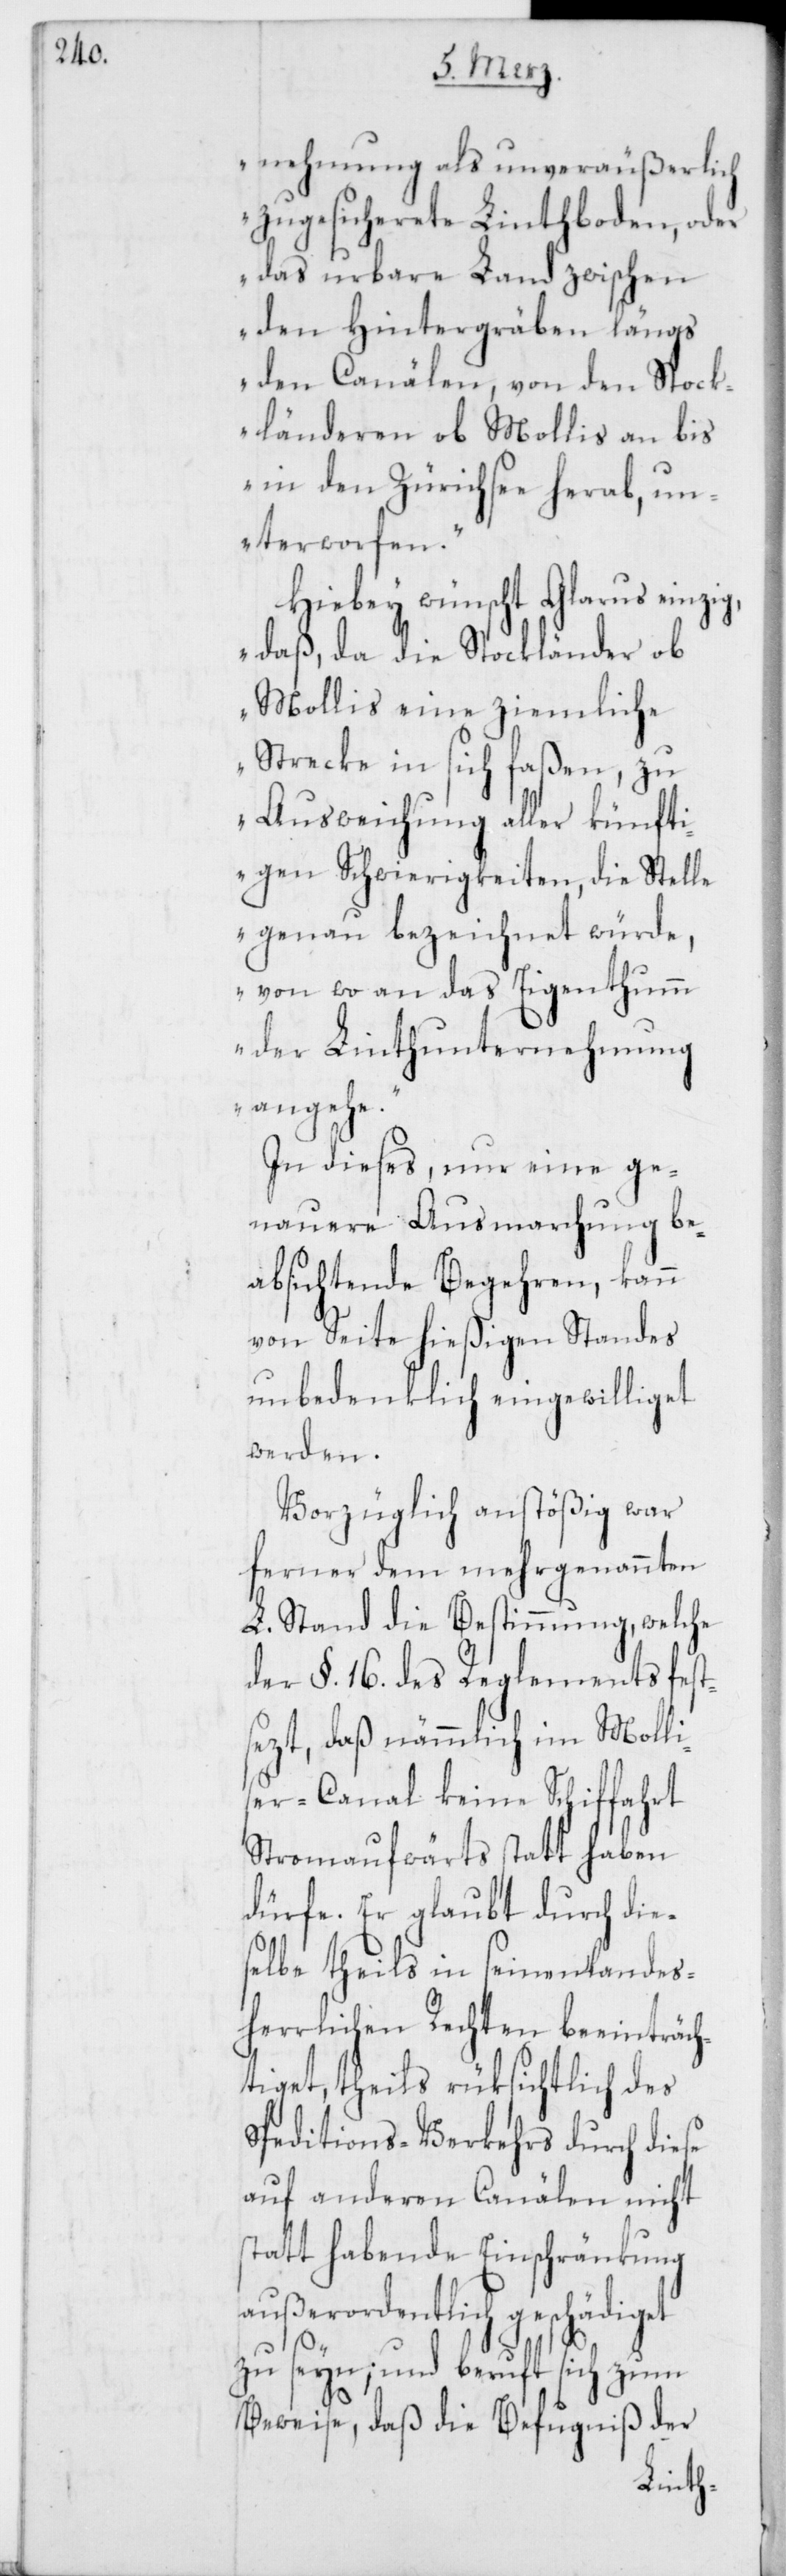
nehmung als unveräußerlich
zugesicherete Linthboden, oder
das urbare Land zwischen
den Hintergräben längs
den Canälen, von den Stock¬
länderen ob Mollis an bis
in den Zürichsee herab, un¬
terworfen.“
Hiebey wünscht Glarus einzig,
daß, da die Stockländer ob
Mollis eine ziemliche
Strecke in sich faßen, zu
Ausweichung aller künfti¬
gen Schwierigkeiten, die Stelle
genau bezeichnet würde,
von wo an das Eigenthumm
der Linthunternehmung
angehe.“
In dieses, um eine ge¬
nauere Ausmarchung be¬
absichtende Begehren, kann
von Seite hießigen Standes
unbedenklich eingewilliget
werden.
Vorzüglich anstößig war
ferner dem mehrgenannten
L. Stand die Bestimmung, welche
der §. 16. des Reglements fests¬
ezt, daß nämmlich im Molli¬
ser-Canal keine Schiffahrt
Stromaufwärts statt haben
dürfe. Er glaubt durch die¬
selbe theils in seinen landes¬
herrlichen Rechten beeinträch¬
tiget, theils rüksichtlich des
Speditions-Verkehrs durch diese
auf anderen Canälen nicht
statt habende Einschränkung
außerordentlich geschädiget
zu seyn; und beruft sich zum
Beweise, daß die Befugniß der